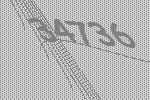
34736